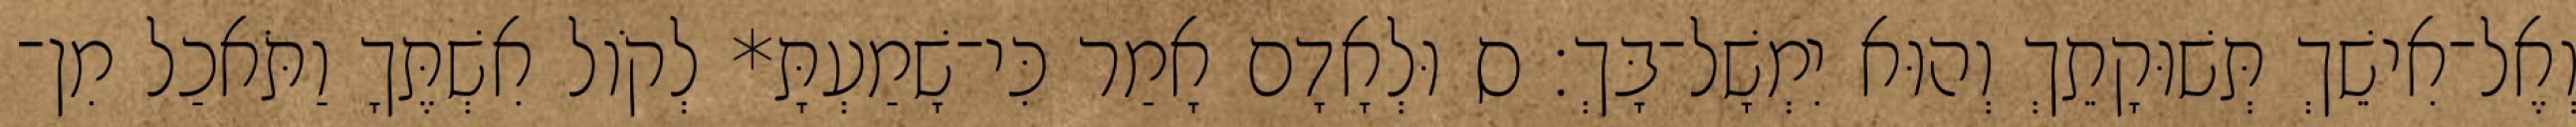
וְאֶל־אִישֵׁךְ תְּשׁוּקָתֵךְ וְהוּא יִמְשָׁל־בָּךְ׃ ס וּלְאָדָם אָמַר כִּי־שָׁמַעְתָּ* לְקֹול אִשְׁתֶּךָ וַתֹּאכַל מִן־